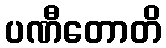
ပဏီတောတိ